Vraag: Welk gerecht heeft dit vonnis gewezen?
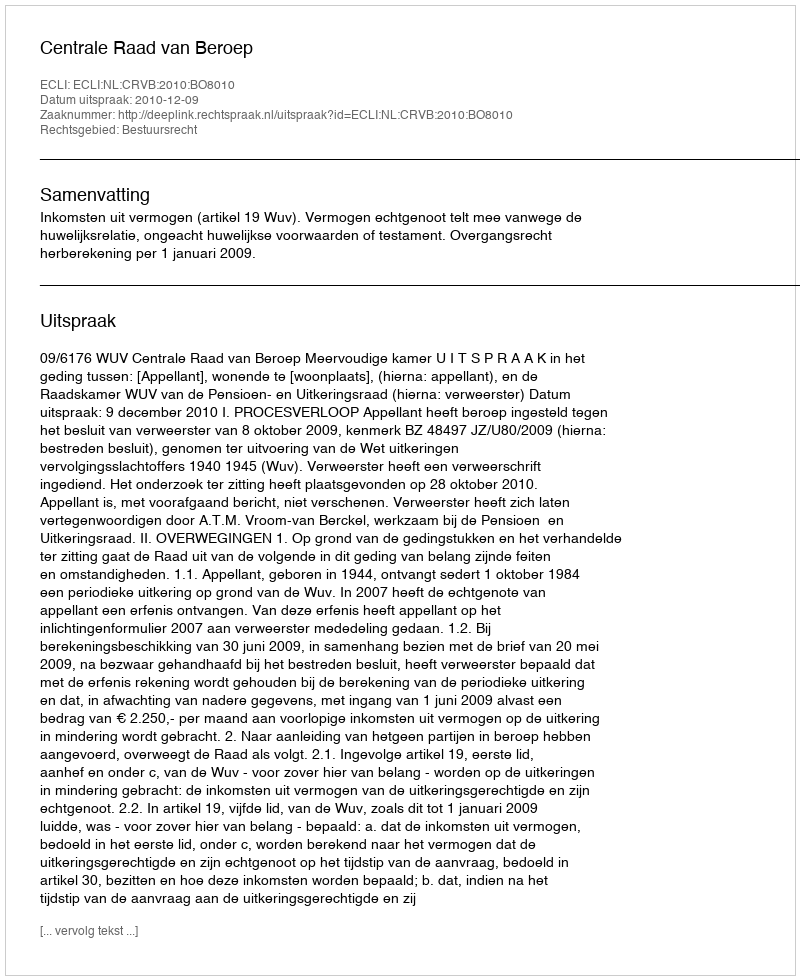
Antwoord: Centrale Raad van Beroep